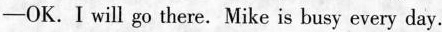
——OK.I will go there. Mike is busy every day.